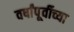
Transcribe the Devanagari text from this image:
वर्षांपू्र्वीच्या